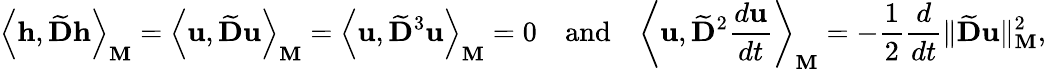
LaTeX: \left\langle\mathbf{h},\widetilde{\mathbf{D}}\mathbf{h}\right\rangle_{\mathbf{M}}=\left\langle\mathbf{u},\widetilde{\mathbf{D}}\mathbf{u}\right\rangle_{\mathbf{M}}=\left\langle\mathbf{u},\widetilde{\mathbf{D}}^{3}\mathbf{u}\right\rangle_{\mathbf{M}}=0\quad\mathrm{and}\quad\left\langle\mathbf{u},\widetilde{\mathbf{D}}^{2}\frac{d\mathbf{u}}{dt}\right\rangle_{\mathbf{M}}=-\frac{1}{2}\frac{d}{dt}\| \widetilde{\mathbf{D}}\mathbf{u}\| _{\mathbf{M}}^{2},